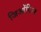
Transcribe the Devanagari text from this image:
जिओंगिउम